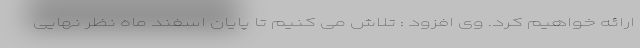
ارائه خواهیم کرد. وی افزود : تلاش می کنیم تا پایان اسفند ماه نظر نهایی